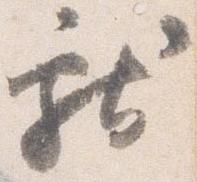
献